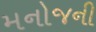
મનોજની